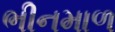
ભીનમાળ